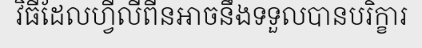
វិធីដែលហ្វីលីពីនអាចនឹងទទួលបានបរិក្ខារ